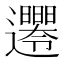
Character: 𨙘